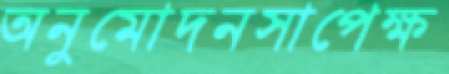
অনুমোদনসাপেক্ষ